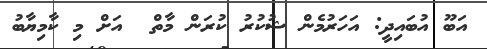
އަބޫ އުބައިދީ: އަހަރުމެން ޝުކުރު ކުރަން މާތް  އަށް މި ކާމިޔާބު